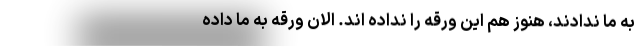
به ما ندادند، هنوز هم این ورقه را نداده اند. الان ورقه به ما داده